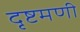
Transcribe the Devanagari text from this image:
दृष्टमणी